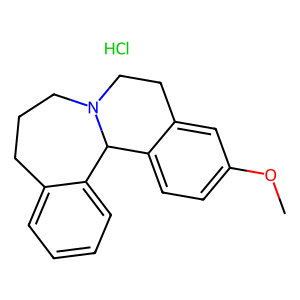
SMILES: COc1ccc2c(c1)CCN1CCCc3ccccc3C21.Cl
Inhibits HIV replication: No